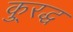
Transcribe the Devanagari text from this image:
कु्रद्ध